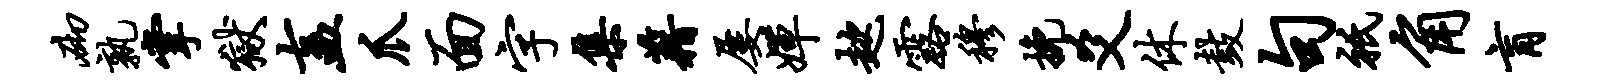
砌孰掌狱盍爪面字集藉屡婵趑露穆挽爻休鼓句只角肓